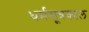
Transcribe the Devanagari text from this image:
धर्मसूत्रकाल